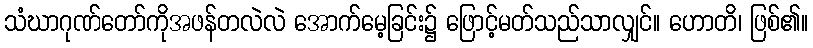
သံဃာဂုဏ်တော်ကိုအဖန်တလဲလဲ အောက်မေ့ခြင်း၌ ဖြောင့်မတ်သည်သာလျှင်။ ဟောတိ၊ ဖြစ်၏။